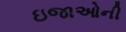
ઇજાઓની